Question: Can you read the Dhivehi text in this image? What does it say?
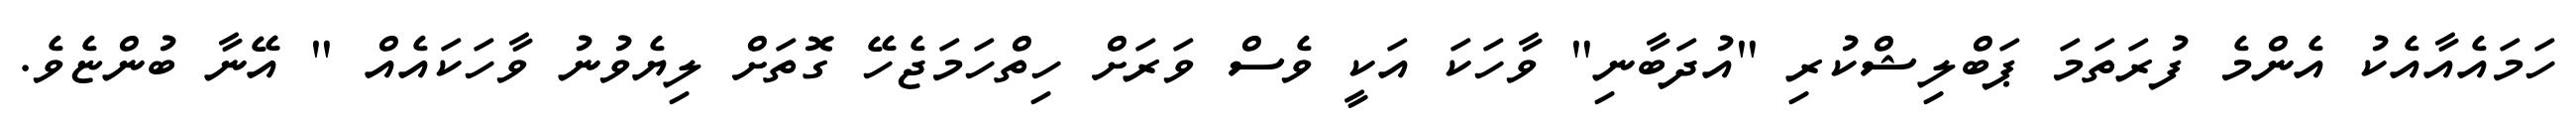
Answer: ހަމައެއާއެކު އެންމެ ފުރަތަމަ ޕަބްލިޝްކުރި "އުދަބާނި" ވާހަކަ އަކީ ވެސް ވަރަށް ހިތްހަމަޖެހޭ ގޮތަށް ލިޔެވުނު ވާހަކައެއް " އޭނާ ބުންޏެވެ.